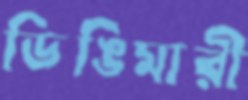
ডিঙিমারী